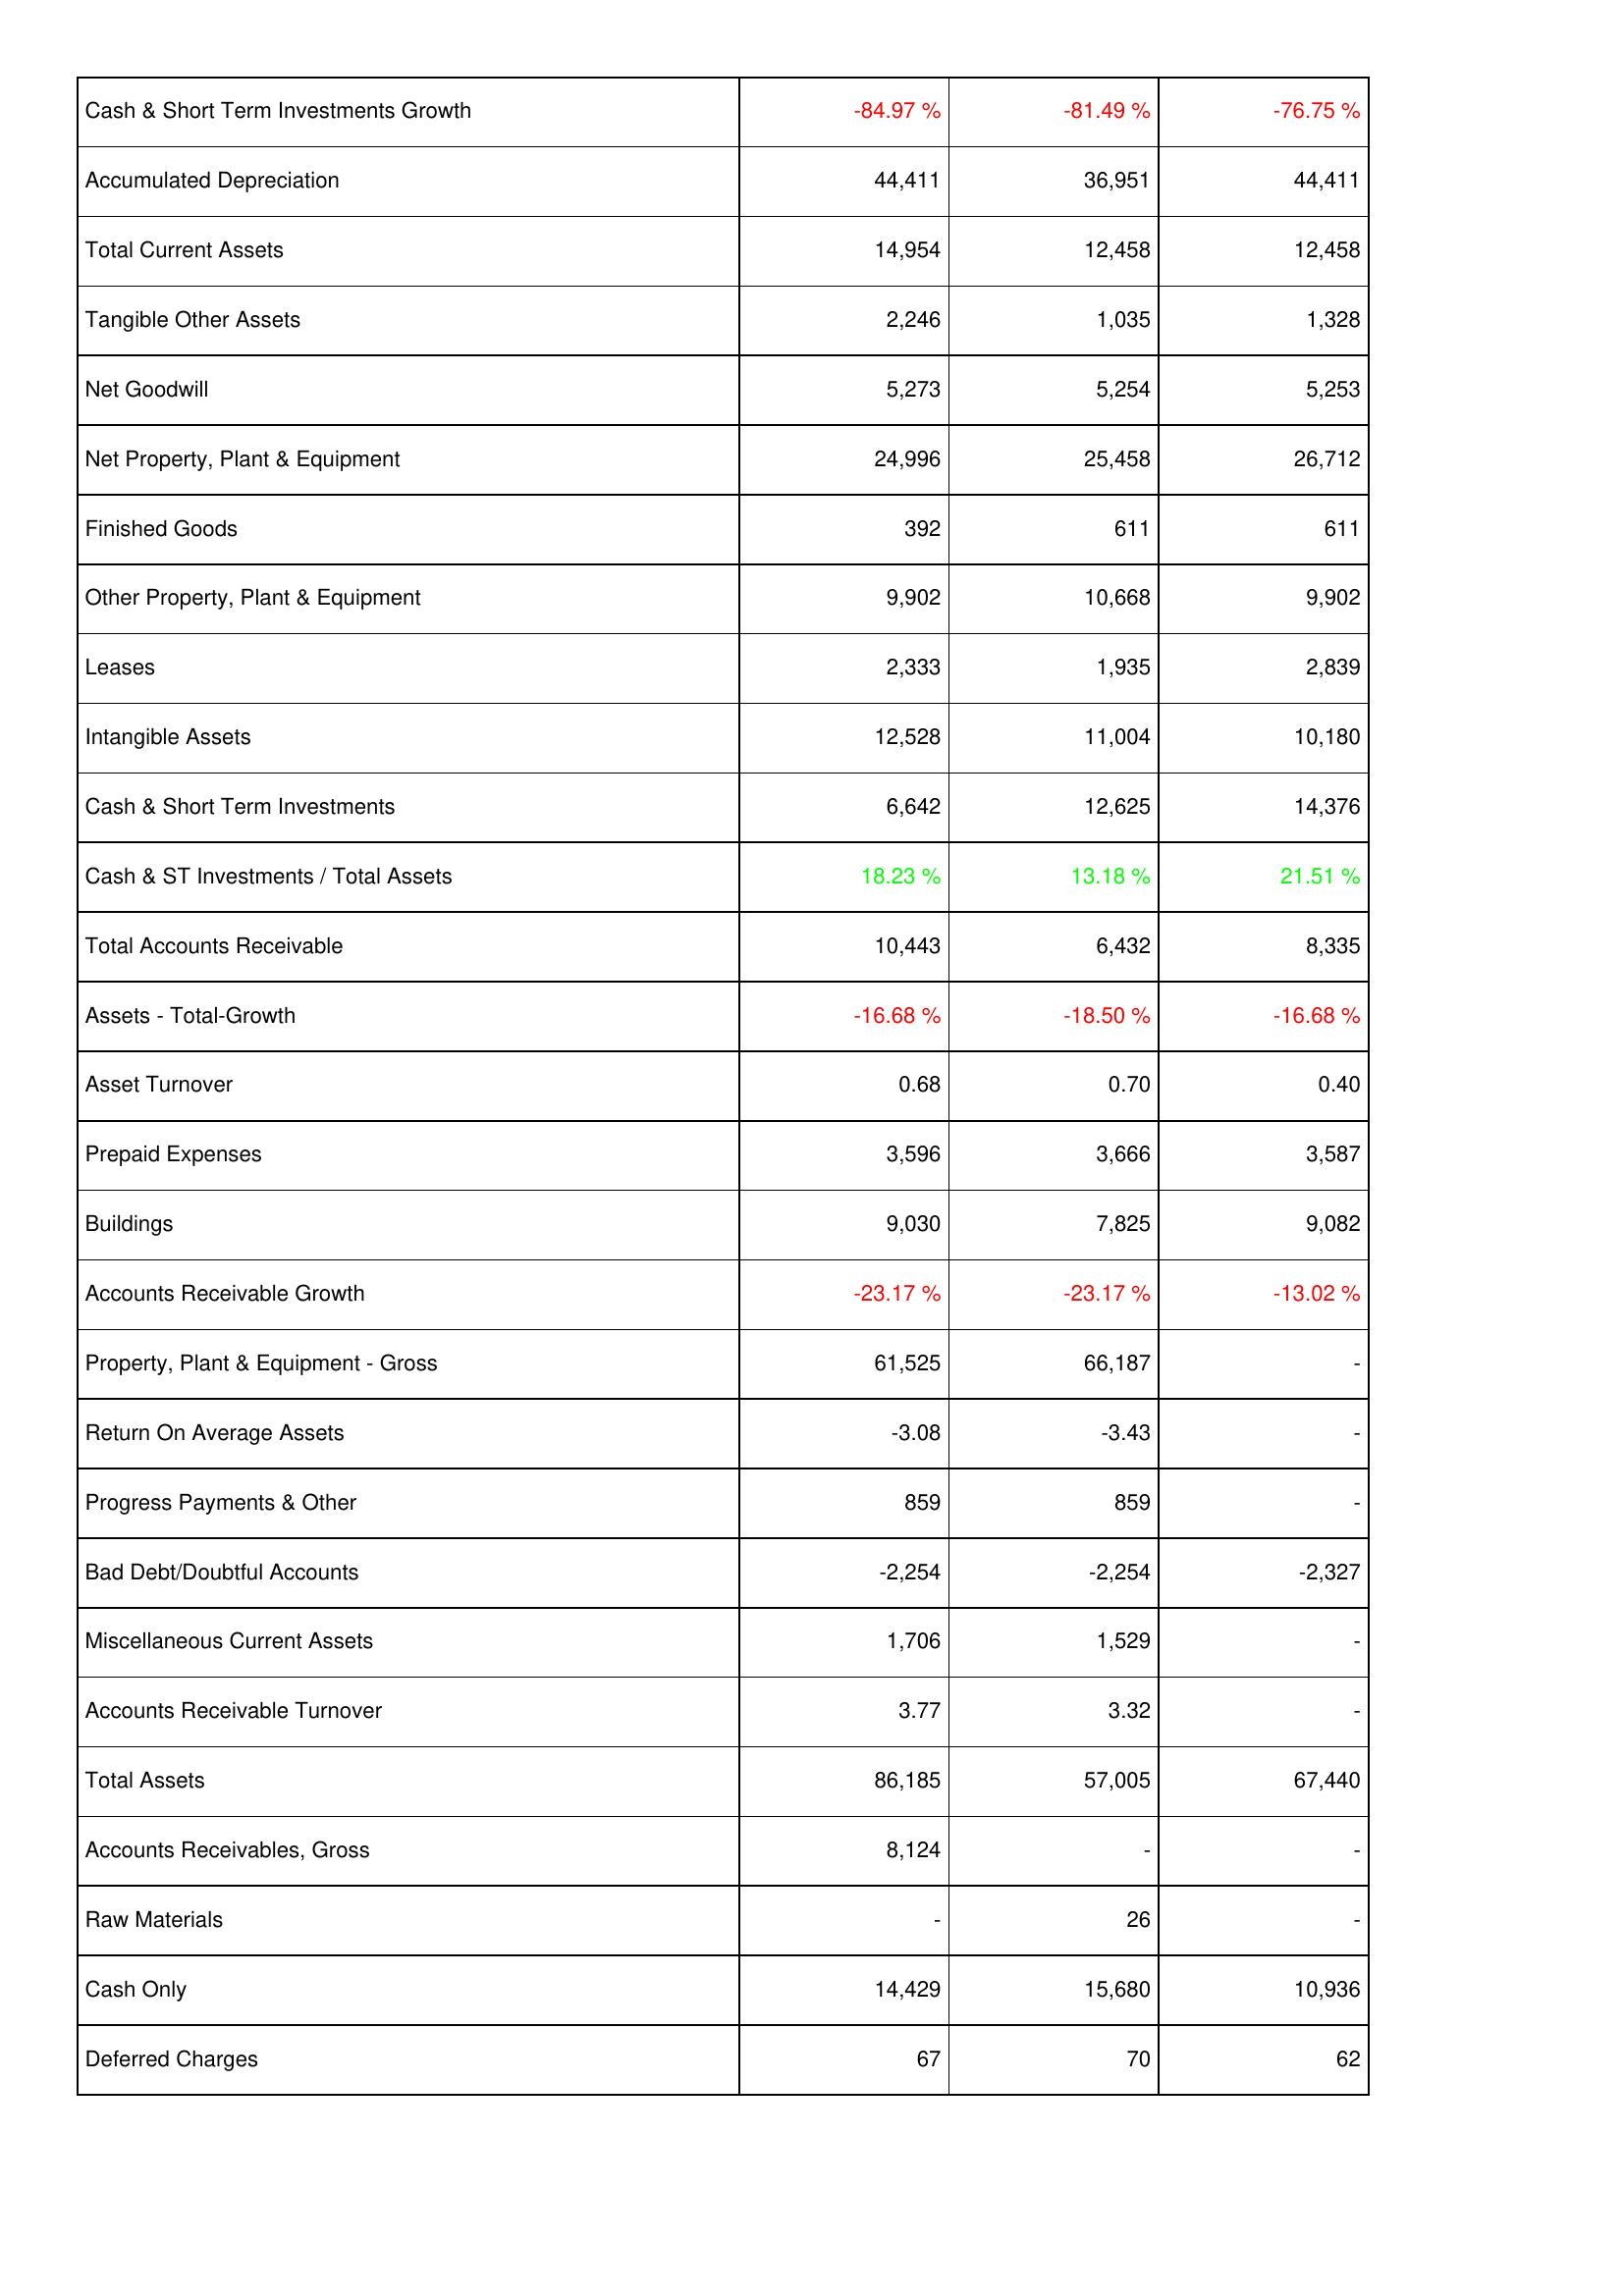
2015: Assets: Cash & Short Term Investments Growth: -84.97 %
Accumulated Depreciation: 44,411
Total Current Assets: 14,954
Tangible Other Assets: 2,246
Net Goodwill: 5,273
Net Property, Plant & Equipment: 24,996
Finished Goods: 392
Other Property, Plant & Equipment: 9,902
Leases: 2,333
Intangible Assets: 12,528
Cash & Short Term Investments: 6,642
Cash & ST Investments / Total Assets: 18.23 %
Total Accounts Receivable: 10,443
Assets - Total-Growth: -16.68 %
Asset Turnover: 0.68
Prepaid Expenses: 3,596
Buildings: 9,030
Accounts Receivable Growth: -23.17 %
Property, Plant & Equipment - Gross: 61,525
Return On Average Assets: -3.08
Progress Payments & Other: 859
Bad Debt/Doubtful Accounts: -2,254
Miscellaneous Current Assets: 1,706
Accounts Receivable Turnover: 3.77
Total Assets: 86,185
Accounts Receivables, Gross: 8,124
Raw Materials: -
Cash Only: 14,429
Deferred Charges: 67
2014: Assets: Cash & Short Term Investments Growth: -81.49 %
Accumulated Depreciation: 36,951
Total Current Assets: 12,458
Tangible Other Assets: 1,035
Net Goodwill: 5,254
Net Property, Plant & Equipment: 25,458
Finished Goods: 611
Other Property, Plant & Equipment: 10,668
Leases: 1,935
Intangible Assets: 11,004
Cash & Short Term Investments: 12,625
Cash & ST Investments / Total Assets: 13.18 %
Total Accounts Receivable: 6,432
Assets - Total-Growth: -18.50 %
Asset Turnover: 0.70
Prepaid Expenses: 3,666
Buildings: 7,825
Accounts Receivable Growth: -23.17 %
Property, Plant & Equipment - Gross: 66,187
Return On Average Assets: -3.43
Progress Payments & Other: 859
Bad Debt/Doubtful Accounts: -2,254
Miscellaneous Current Assets: 1,529
Accounts Receivable Turnover: 3.32
Total Assets: 57,005
Accounts Receivables, Gross: -
Raw Materials: 26
Cash Only: 15,680
Deferred Charges: 70
2013: Assets: Cash & Short Term Investments Growth: -76.75 %
Accumulated Depreciation: 44,411
Total Current Assets: 12,458
Tangible Other Assets: 1,328
Net Goodwill: 5,253
Net Property, Plant & Equipment: 26,712
Finished Goods: 611
Other Property, Plant & Equipment: 9,902
Leases: 2,839
Intangible Assets: 10,180
Cash & Short Term Investments: 14,376
Cash & ST Investments / Total Assets: 21.51 %
Total Accounts Receivable: 8,335
Assets - Total-Growth: -16.68 %
Asset Turnover: 0.40
Prepaid Expenses: 3,587
Buildings: 9,082
Accounts Receivable Growth: -13.02 %
Property, Plant & Equipment - Gross: -
Return On Average Assets: -
Progress Payments & Other: -
Bad Debt/Doubtful Accounts: -2,327
Miscellaneous Current Assets: -
Accounts Receivable Turnover: -
Total Assets: 67,440
Accounts Receivables, Gross: -
Raw Materials: -
Cash Only: 10,936
Deferred Charges: 62